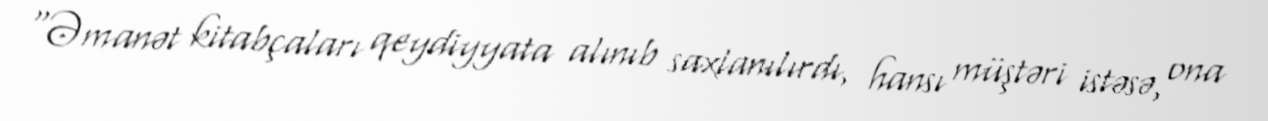
"Əmanət kitabçaları qeydiyyata alınıb saxlanılırdı, hansı müştəri istəsə, ona